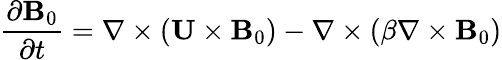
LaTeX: \frac{\partial{\mathbf{B}}_{0}}{\partial t}=\nabla\times({\mathbf{U}}\times{\mathbf{B}}_{0})-\nabla\times\left({\beta\nabla\times{\mathbf{B}}_{0}}\right)